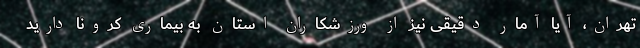
تهران، آیا آمار دقیقی نیز از ورزشکاران استان به بیماری کرونا دارید